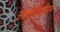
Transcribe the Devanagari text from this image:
अल्लाउद्दीनने